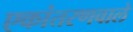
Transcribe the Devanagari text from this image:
एकांतरणवाले